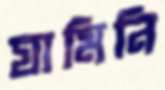
যামিনি